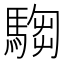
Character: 𩤍